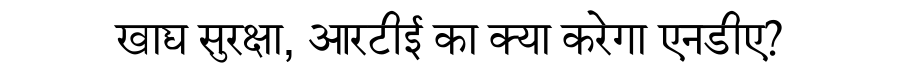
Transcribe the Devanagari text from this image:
खाद्य सुरक्षा, आरटीई का क्या करेगा एनडीए?